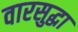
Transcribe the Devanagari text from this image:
वारसुद्धा